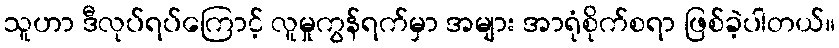
သူဟာ ဒီလုပ်ရပ်ကြောင့် လူမှုကွန်ရက်မှာ အများ အာရုံစိုက်စရာ ဖြစ်ခဲ့ပါတယ်။